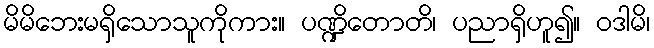
မိမိဘေးမရှိသောသူကိုကား။ ပဏ္ဍိတောတိ၊ ပညာရှိဟူ၍။ ဝဒါမိ၊